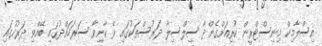
އިސްލާމިކް މިނިސްޓްރީން ކުރިއަށްގެންދާ ސިލްސިލާ ދަރުސްތަކުގައި ރޭ ކާނިވާ ސަރަހައްދުގައި ބޭއްވި ދަރުހުގައި